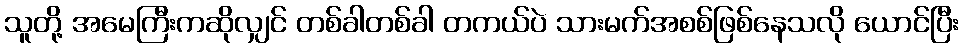
သူတို့ အမေကြီးကဆိုလျှင် တစ်ခါတစ်ခါ တကယ်ပဲ သားမက်အစစ်ဖြစ်နေသလို ယောင်ပြီး